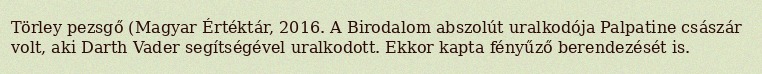
Törley pezsgő (Magyar Értéktár, 2016. A Birodalom abszolút uralkodója Palpatine császár volt, aki Darth Vader segítségével uralkodott. Ekkor kapta fényűző berendezését is.